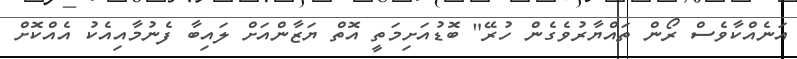
އަނެއްކާވެސް ރޯން ތައްޔާރުވެގެން ހުރޭ" ބޮޑުއަށިމަތީ އޮތް ޔަޒާންއަށް ލައިބާ ފެނުމާއިއެކު އެއްކޮށް